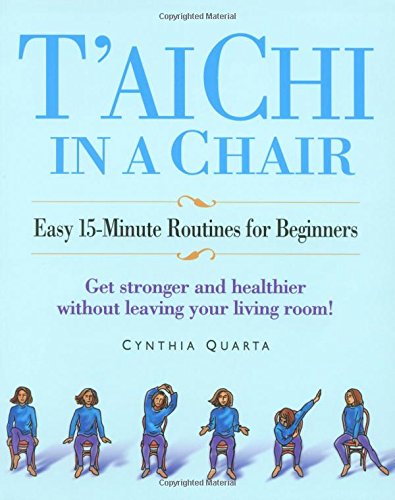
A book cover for T'ai Chi in a Chair: Easy 15-Minute Routines for Beginners; Cynthia Quarta; Health, Fitness & Dieting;